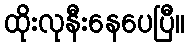
ထိုးလုနီးနေပေပြီ။